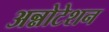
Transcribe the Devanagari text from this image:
अन्नोटेशन